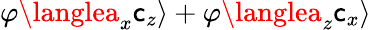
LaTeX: \varphi\langlea_{x}\mathsf{c}_{z}\rangle+\varphi\langlea_{z}\mathsf{c}_{x}\rangle